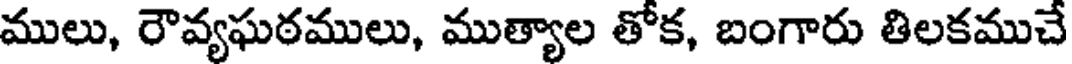
ములు, రౌవ్యఘఠములు, ముత్యాల తోక, బంగారు తిలకముచే